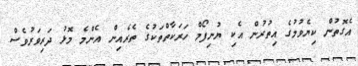
އެގޮތުން ކިޔެވުމުގެ އިތުރުން އެކި ޔުނިފޯމް ހަރަކާތްތަކުގެ ތެރެއިން އެންމެ މޮޅު ދަރިވަރުވެސް